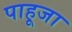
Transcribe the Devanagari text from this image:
पाहूजा